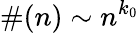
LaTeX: \# (n)\sim n^{k_{0}}